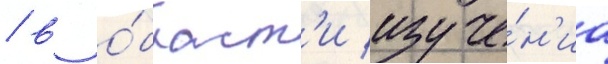
/ в о́бласт'и изуче́н'иа